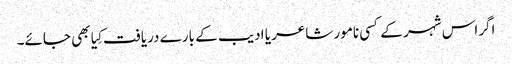
اگراس شہر کے کسی نامور شاعر یا ادیب کے بارے دریافت کِیا بھی جائے۔